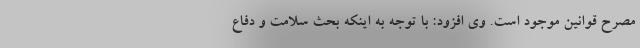
مصرح قوانین موجود است. وی افزود: با توجه به اینکه بحث سلامت و دفاع